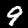
Label: 9